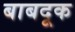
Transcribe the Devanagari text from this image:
बाबदूक